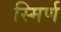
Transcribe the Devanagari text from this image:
स्मिर्ण